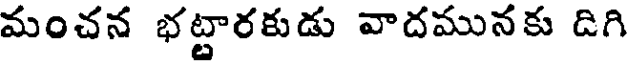
మంచన భట్టారకుడు వాదమునకు దిగి